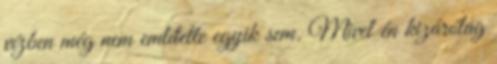
vízben még nem említette egyik sem. Mivel én kizárólag